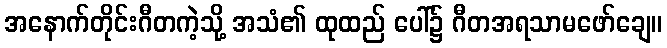
အနောက်တိုင်းဂီတကဲ့သို့ အသံ၏ ထုထည် ပေါ်၌ ဂီတအရသာမဖော်ချေ။